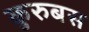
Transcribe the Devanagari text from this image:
कुरुबस